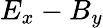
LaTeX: E_{x}-B_{y}